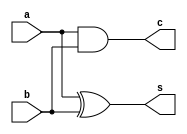
//HW2 P2
//

`timescale 1ns/10ps

//add necessary simple adders
module ha (
    input a,
    input b,
    output c,
    output s
    );
    assign s = a ^ b;
    assign c = a & b;
endmodule //ha

module fa (
    input a,
    input b,
    input c,
    output carry,
    output sum
    );
    assign carry = (a & b) | ( (a ^ b) & c);
    assign sum = a ^ b ^ c;
endmodule //fa

module add42(
    input a,
    input b,
    input c,
    input d,
    input ci,
    output co, //carry out
    output cc, //carry to next add42
    output s
    );
    wire s_internal;
    fa abc (.a (a), .b (b), .c (c), .carry(cc), .sum (s_internal));
    fa scc (.a (s_internal), .b (d), .c (ci), .carry(co), .sum (s));
endmodule //add42

////////////////////////////////////////////////////////////////////////////////


module booth2 (
    input [2:0] section,
    input [7:0] number,
    output reg [8:0] code,
    output reg invert
    );

    always @(section or number) begin
        case (section)
            3'b000: {code, invert} = 10'b0;
            3'b001: {code, invert} = {number[7], number, 1'b0};
            3'b010: {code, invert} = {number[7], number, 1'b0};
            3'b011: {code, invert} = {number, 2'b0};
            3'b100: {code, invert} = {~number, 2'b11};
            3'b101: {code, invert} = {~number[7], ~number, 1'b1};
            3'b110: {code, invert} = {~number[7], ~number, 1'b1};
            3'b111: {code, invert} = 10'b0;
        endcase
    end

endmodule

////////////////////////////////////////////////////////////////////////////////
//main module
module mult (
    input [7:0] a,
    input [7:0] b,
    input clk,
    output reg [15:0] out
);

// input clk sync
    reg [7:0] a_r, b_r;
    always @(posedge clk) begin
        a_r <= #1 a;
        b_r <= #1 b;
    end

// stage 1. encoding
    //stage's output
    wire [8:0] p0,p1,p2,p3; //partial products
    wire [3:0] p4;          //invert bits for PPs
    booth2 B0 (.section ({b_r[1:0], 1'b0}), .number (a_r), .code (p0), .invert (p4[0]));
    booth2 B1 (.section (b_r[3:1]),         .number (a_r), .code (p1), .invert (p4[1]));
    booth2 B2 (.section (b_r[5:3]),         .number (a_r), .code (p2), .invert (p4[2]));
    booth2 B3 (.section (b_r[7:5]),         .number (a_r), .code (p3), .invert (p4[3]));

// stage 2. CSA
    //stage's output
    wire [15:0] st2_p0;
    wire [15:3] st2_p1;
    wire [2:0] st2_p2; //columns 1, 5, 6
    wire [8:0] st2_c; //carry between 4:2 adders

    //pass through
    assign st2_p2[0] = p0[1]; //column 1
    assign st2_p2[2] = p4[3]; //column 6

    //top row
    ha    st2_t_col0  (.a (p0[0]), .b (p4[0]),                                                          .c  (st2_p0[1]),  .s (st2_p0[0]));
    fa    st2_t_col2  (.a (p0[2]), .b (p1[0]), .c (p4[1]),                                           .carry (st2_p0[3]), .sum (st2_p0[2]));
    ha    st2_t_col3  (.a (p0[3]), .b (p1[1]),                                                          .c  (st2_p0[4]),  .s (st2_p1[3]));
    add42 st2_t_col4  (.a (p0[4]), .b (p1[2]), .c (p2[0]), .d (p4[2]), .ci (1'b0),     .cc (st2_p0[5]), .co (st2_p1[5]),  .s (st2_p1[4]));
    fa    st2_t_col5  (.a (p0[5]), .b (p1[3]), .c (p2[1]),                                           .carry (st2_p0[6]), .sum (st2_p2[1]));
    add42 st2_t_col6  (.a (p0[6]), .b (p1[4]), .c (p2[2]), .d (p3[0]), .ci (1'b0),     .cc (st2_c[0]),  .co (st2_p0[7]),  .s (st2_p1[6]));
    add42 st2_t_col7  (.a (p0[7]), .b (p1[5]), .c (p2[3]), .d (p3[1]), .ci (st2_c[0]), .cc (st2_c[1]), .co (st2_p0[8]),  .s (st2_p1[7]));
    add42 st2_t_col8  (.a (p0[8]), .b (p1[6]), .c (p2[4]), .d (p3[2]), .ci (st2_c[1]), .cc (st2_c[2]), .co (st2_p0[9]),  .s (st2_p1[8]));
    add42 st2_t_col9  (.a (p0[8]), .b (p1[7]), .c (p2[5]), .d (p3[3]), .ci (st2_c[2]), .cc (st2_c[3]), .co (st2_p0[10]), .s (st2_p1[9]));
    add42 st2_t_col10 (.a (p0[8]), .b (p1[8]), .c (p2[6]), .d (p3[4]), .ci (st2_c[3]), .cc (st2_c[4]), .co (st2_p0[11]), .s (st2_p1[10]));
    add42 st2_t_col11 (.a (p0[8]), .b (p1[8]), .c (p2[7]), .d (p3[5]), .ci (st2_c[4]), .cc (st2_c[5]), .co (st2_p0[12]), .s (st2_p1[11]));
    add42 st2_t_col12 (.a (p0[8]), .b (p1[8]), .c (p2[8]), .d (p3[6]), .ci (st2_c[5]), .cc (st2_c[6]), .co (st2_p0[13]), .s (st2_p1[12]));
    add42 st2_t_col13 (.a (p0[8]), .b (p1[8]), .c (p2[8]), .d (p3[7]), .ci (st2_c[6]), .cc (st2_c[7]), .co (st2_p0[14]), .s (st2_p1[13]));
    add42 st2_t_col14 (.a (p0[8]), .b (p1[8]), .c (p2[8]), .d (p3[8]), .ci (st2_c[7]), .cc (st2_c[8]), .co (st2_p0[15]), .s (st2_p1[14]));
    add42 st2_t_col15 (.a (p0[8]), .b (p1[8]), .c (p2[8]), .d (p3[8]), .ci (st2_c[8]), .cc (),         .co (),           .s (st2_p1[15]));

// stage 3. CSA cont
    //stage output
    wire [15:0] st3_p0;
    wire [15:6] st3_p1;
    wire [4:2]  st3_p2; //part of st3_p1 at column 4,3,2

    //pass through bits
    assign st3_p0[0] = st2_p0[0];
    assign st3_p0[2] = st2_p0[2];
    assign st3_p0[3] = st2_p0[3];
    assign st3_p0[4] = st2_p0[4];
    assign st3_p2[3] = st2_p1[3];
    assign st3_p2[4] = st2_p1[4];

    ha st_b_col1  (.a (st2_p0[1]), .b (st2_p2[0]),                     .c (st3_p2[2]),   .s (st3_p0[1]));
    fa st_b_col5  (.a (st2_p0[5]), .b (st2_p1[5]), .c (st2_p2[1]), .carry (st3_p0[6]), .sum (st3_p0[5]));
    fa st_b_col6  (.a (st2_p0[6]), .b (st2_p1[6]), .c (st2_p2[2]), .carry (st3_p0[7]), .sum (st3_p1[6]));
    ha st_b_col7  (.a (st2_p0[7]), .b (st2_p1[7]),                     .c (st3_p0[8]),   .s (st3_p1[7]));
    ha st_b_col8  (.a (st2_p0[8]), .b (st2_p1[8]),                     .c (st3_p0[9]),   .s (st3_p1[8]));
    ha st_b_col9  (.a (st2_p0[9]), .b (st2_p1[9]),                     .c (st3_p0[10]),  .s (st3_p1[9]));
    ha st_b_col10  (.a (st2_p0[10]), .b (st2_p1[10]),                  .c (st3_p0[11]),  .s (st3_p1[10]));
    ha st_b_col11  (.a (st2_p0[11]), .b (st2_p1[11]),                  .c (st3_p0[12]),  .s (st3_p1[11]));
    ha st_b_col12  (.a (st2_p0[12]), .b (st2_p1[12]),                  .c (st3_p0[13]),  .s (st3_p1[12]));
    ha st_b_col13  (.a (st2_p0[13]), .b (st2_p1[13]),                  .c (st3_p0[14]),  .s (st3_p1[13]));
    ha st_b_col14  (.a (st2_p0[14]), .b (st2_p1[14]),                  .c (st3_p0[15]),  .s (st3_p1[14]));
    ha st_b_col15  (.a (st2_p0[15]), .b (st2_p1[15]),                  .c (),            .s (st3_p1[15]));

// stage 5. CPA
    reg [15:0] out_c;

    always @(st3_p0 or st3_p1) begin
        out_c = st3_p0 + {st3_p1, 1'b0, st3_p2, 2'b00};
    end

// output clk sync
    always @(posedge clk) begin
        out <= #1 out_c;
    end

endmodule